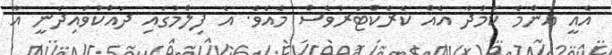
އެއީ އެންމެ ކަމުދާ އެއް ކެރެކްޓަރުވެސް މެއެވެ. އެ ފިލްމުގައި ދައްކުވައިދެނީ އާ